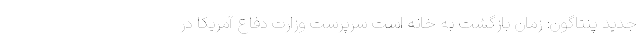
جدید پنتاگون: زمان بازگشت به خانه است سرپرست وزارت دفاع آمریکا در